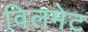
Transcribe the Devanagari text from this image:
विलमेट